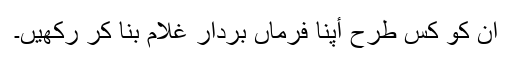
ان کو کس طرح أپنا فرماں بردار غلام بنا کر رکھیں۔